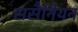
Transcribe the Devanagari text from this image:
ससैनियन